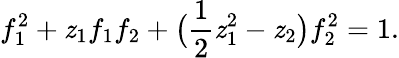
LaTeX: f_{1}^{2}+\mathit{z}_{1}f_{1}f_{2}+\big({\frac{{1}}{{2}}}\mathit{z}_{1}^{2}-\mathit{z}_{2}\big)f_{2}^{2}=1.